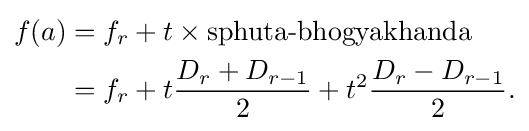
{\begin{aligned}f(a)&=f_{r}+t\times {\text{sphuta-bhogyakhanda}}\\&=f_{r}+t{\frac {D_{r}+D_{r-1}}{2}}+t^{2}{\frac {D_{r}-D_{r-1}}{2}}.\end{aligned}}